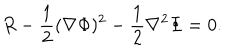
R - { \frac { 1 } { 2 } } ( \nabla \Phi ) ^ { 2 } - { \frac { 1 } { 2 } } \nabla ^ { 2 } \Phi = 0 .